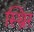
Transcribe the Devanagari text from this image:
स्थ्रिर